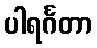
ပါရင်္ဂတာ